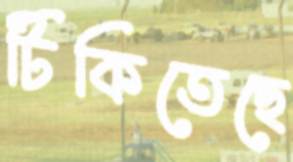
টিকিতেছে